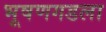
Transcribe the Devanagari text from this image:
भूषणगडला